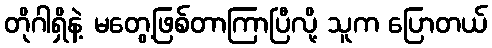
တိုဂါရှိနဲ့ မတွေ့ဖြစ်တာကြာပြီလို့ သူက ပြောတယ်